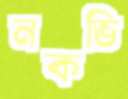
নকভি